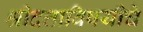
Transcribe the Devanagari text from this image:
श्रीदत्ताविषयीचे